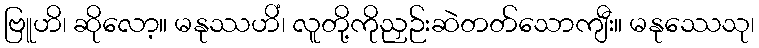
ဗြူဟိ၊ ဆိုလော့။ မနုဿဟိံ၊ လူတို့ကိုညှဉ်းဆဲတတ်သောကျီး။ မနုဿေသု၊